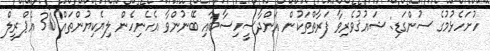
ހުށަހެޅުމުގެ ސުންގަޑި: ޝައުޤުވެރިވާ ފަރާތްތަކުން އަންދާސީހިސާބާއި ބޭނުންވާ އެހެނިހެން ލިޔެކިޔުންތައް 30 އެޕްރީލް